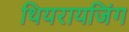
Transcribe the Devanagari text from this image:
थियरायजिंग